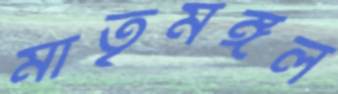
মাতৃমঙ্গল